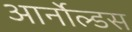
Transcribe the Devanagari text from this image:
आर्नोल्डस